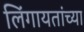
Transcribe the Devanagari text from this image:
लिंगायतांच्या